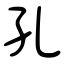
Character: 孔